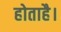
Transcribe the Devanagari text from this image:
होताहै।